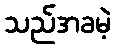
သည်အခမဲ့